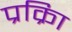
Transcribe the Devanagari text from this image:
प्रक्रिा